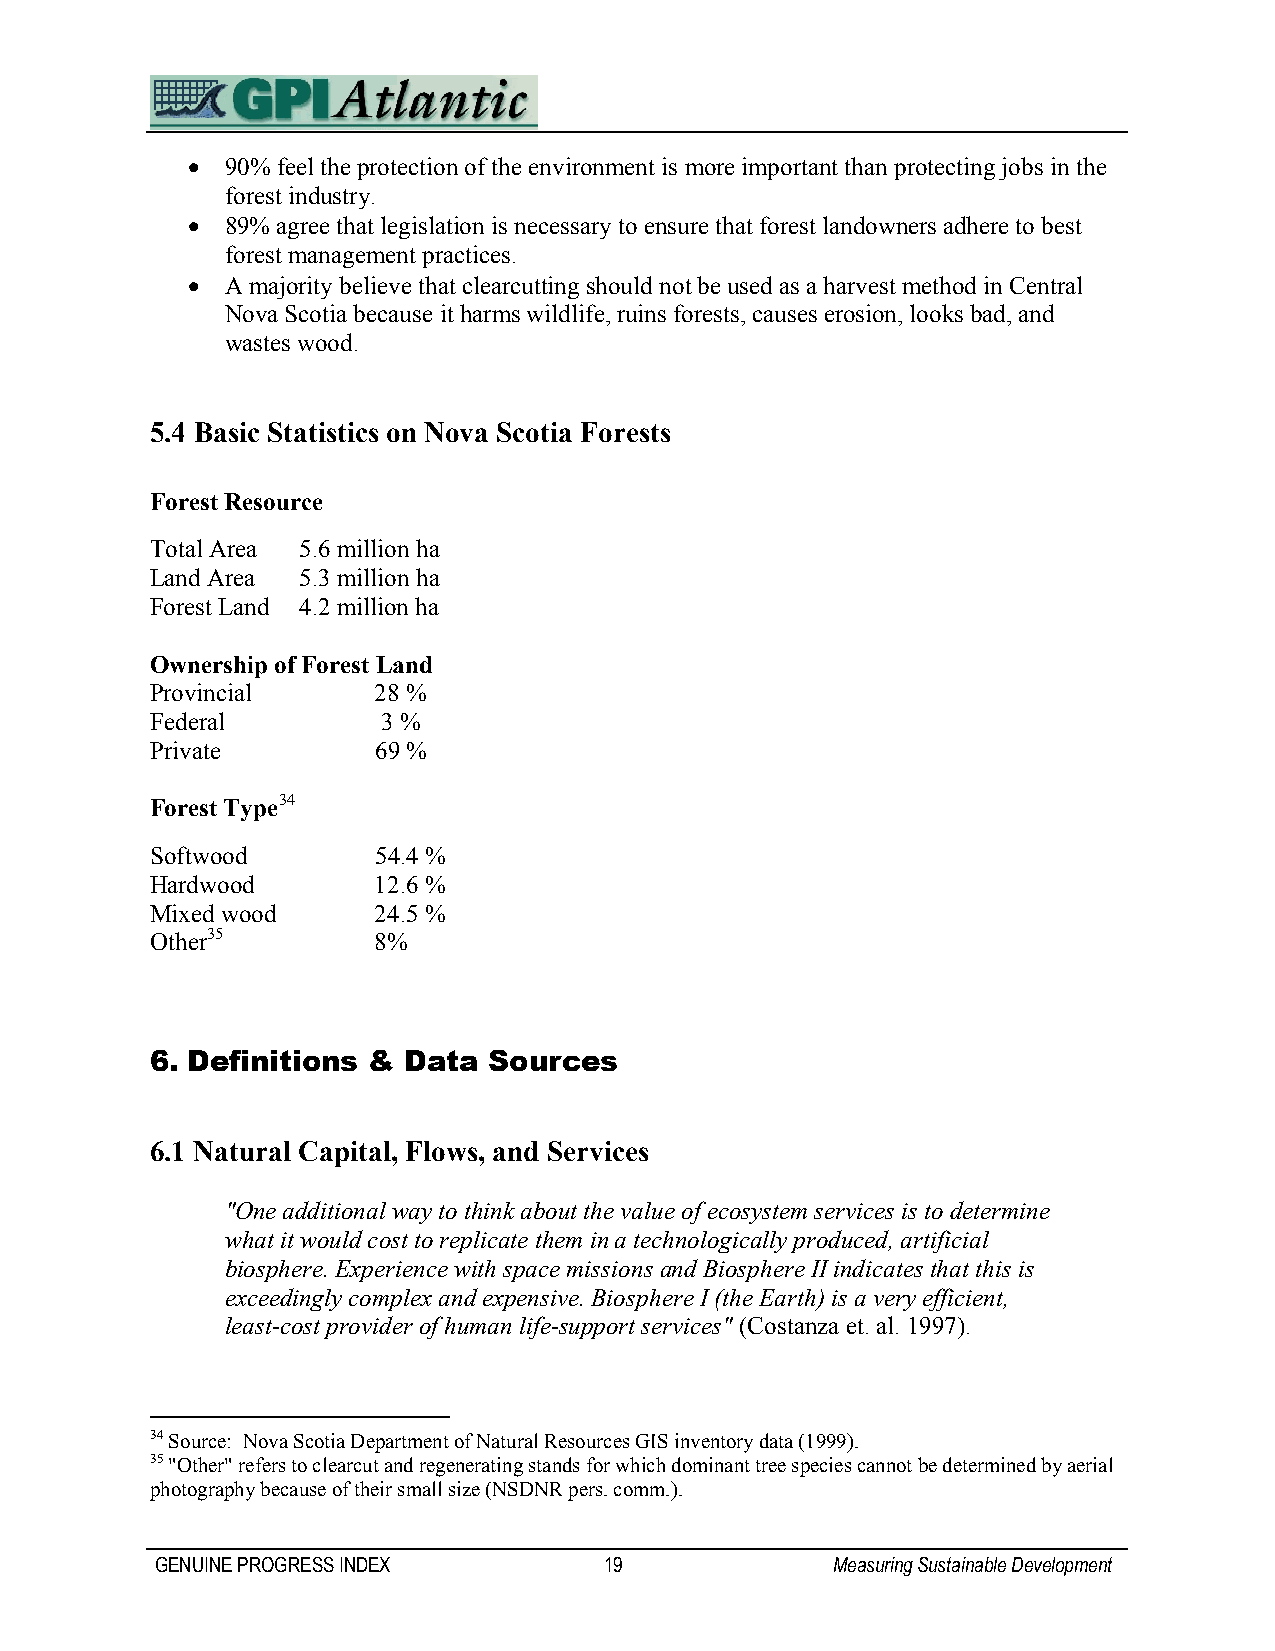
•  90% feel the protection of the environment is more important than protecting jobs in the
 forest industry.
 •  89% agree that legislation is necessary to ensure that forest landowners adhere to best
 forest management practices.
 •  A majority believe that clearcutting should not be used as a harvest method in Central
 Nova Scotia because it harms wildlife, ruins forests, causes erosion, looks bad, and
 wastes wood.
 5.4 Basic Statistics on Nova Scotia Forests
 Forest Resource
 Total Area 5.6 million ha
 Land Area 5.3 million ha
 Forest Land 4.2 million ha
 Ownership of Forest Land
 Provincial     28 %
 Federal        3 %
 Private        69 %
 Forest Type34
 Softwood       54.4 %
 Hardwood       12.6 %
 Mixed wood     24.5 %
 Other35        8%
 6. Definitions & Data Sources
 6.1 Natural Capital, Flows, and Services
 "One additional way to think about the value of ecosystem services is to determine
 what it would cost to replicate them in a technologically produced, artificial
 biosphere. Experience with space missions and Biosphere II indicates that this is
 exceedingly complex and expensive. Biosphere I (the Earth) is a very efficient,
 least-cost provider of human life-support services" (Costanza et. al. 1997).
 34 Source: Nova Scotia Department of Natural Resources GIS inventory data (1999).
 35 "Other" refers to clearcut and regenerating stands for which dominant tree species cannot be determined by aerial
 photography because of their small size (NSDNR pers. comm.).
 GENUINE PROGRESS INDEX        19             Measuring Sustainable Development